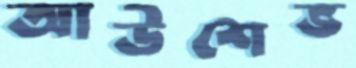
আউশেভ